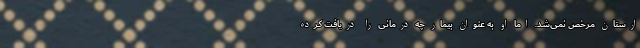
ارستان مرخص نمی‌شد. اما او به عنوان بیمار چه درمانی را دریافت کرده